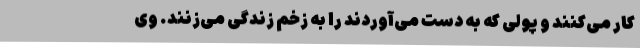
کار می‌کنند و پولی که به دست می‌آوردند را به زخم زندگی می‌زنند. وی